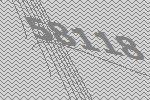
58118